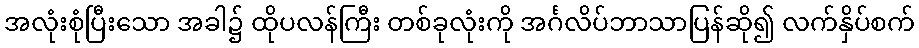
အလုံးစုံပြီးသော အခါ၌ ထိုပလန်ကြီး တစ်ခုလုံးကို အင်္ဂလိပ်ဘာသာပြန်ဆို၍ လက်နှိပ်စက်